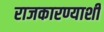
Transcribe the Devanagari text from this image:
राजकारण्याशी